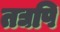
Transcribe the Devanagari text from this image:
तद्यपि